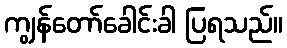
ကျွန်တော်ခေါင်းခါ ပြရသည်။